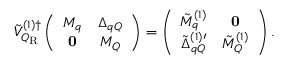
{ \tilde { \cal V } } _ { { \cal Q } _ { \mathrm { R } } } ^ { ( 1 ) \dagger } \left( \begin{array} { c c } { { M _ { q } } } & { { \Delta _ { q Q } } } \\ { { { \bf 0 } } } & { { M _ { Q } } } \end{array} \right) = \left( \begin{array} { c c } { { { \tilde { M } } _ { q } ^ { ( 1 ) } } } & { { { \bf 0 } } } \\ { { { \tilde { \Delta } } _ { q Q } ^ { ( 1 ) \prime } } } & { { { \tilde { M } } _ { Q } ^ { ( 1 ) } } } \end{array} \right) .